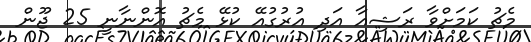
މެޗު ކަމަށްވާ ރަޝިއާ އަދި އުރުގުއޭ ކުޅޭ މެޗު އޮންނާނީ 25 ޖޫން